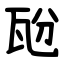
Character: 瓰